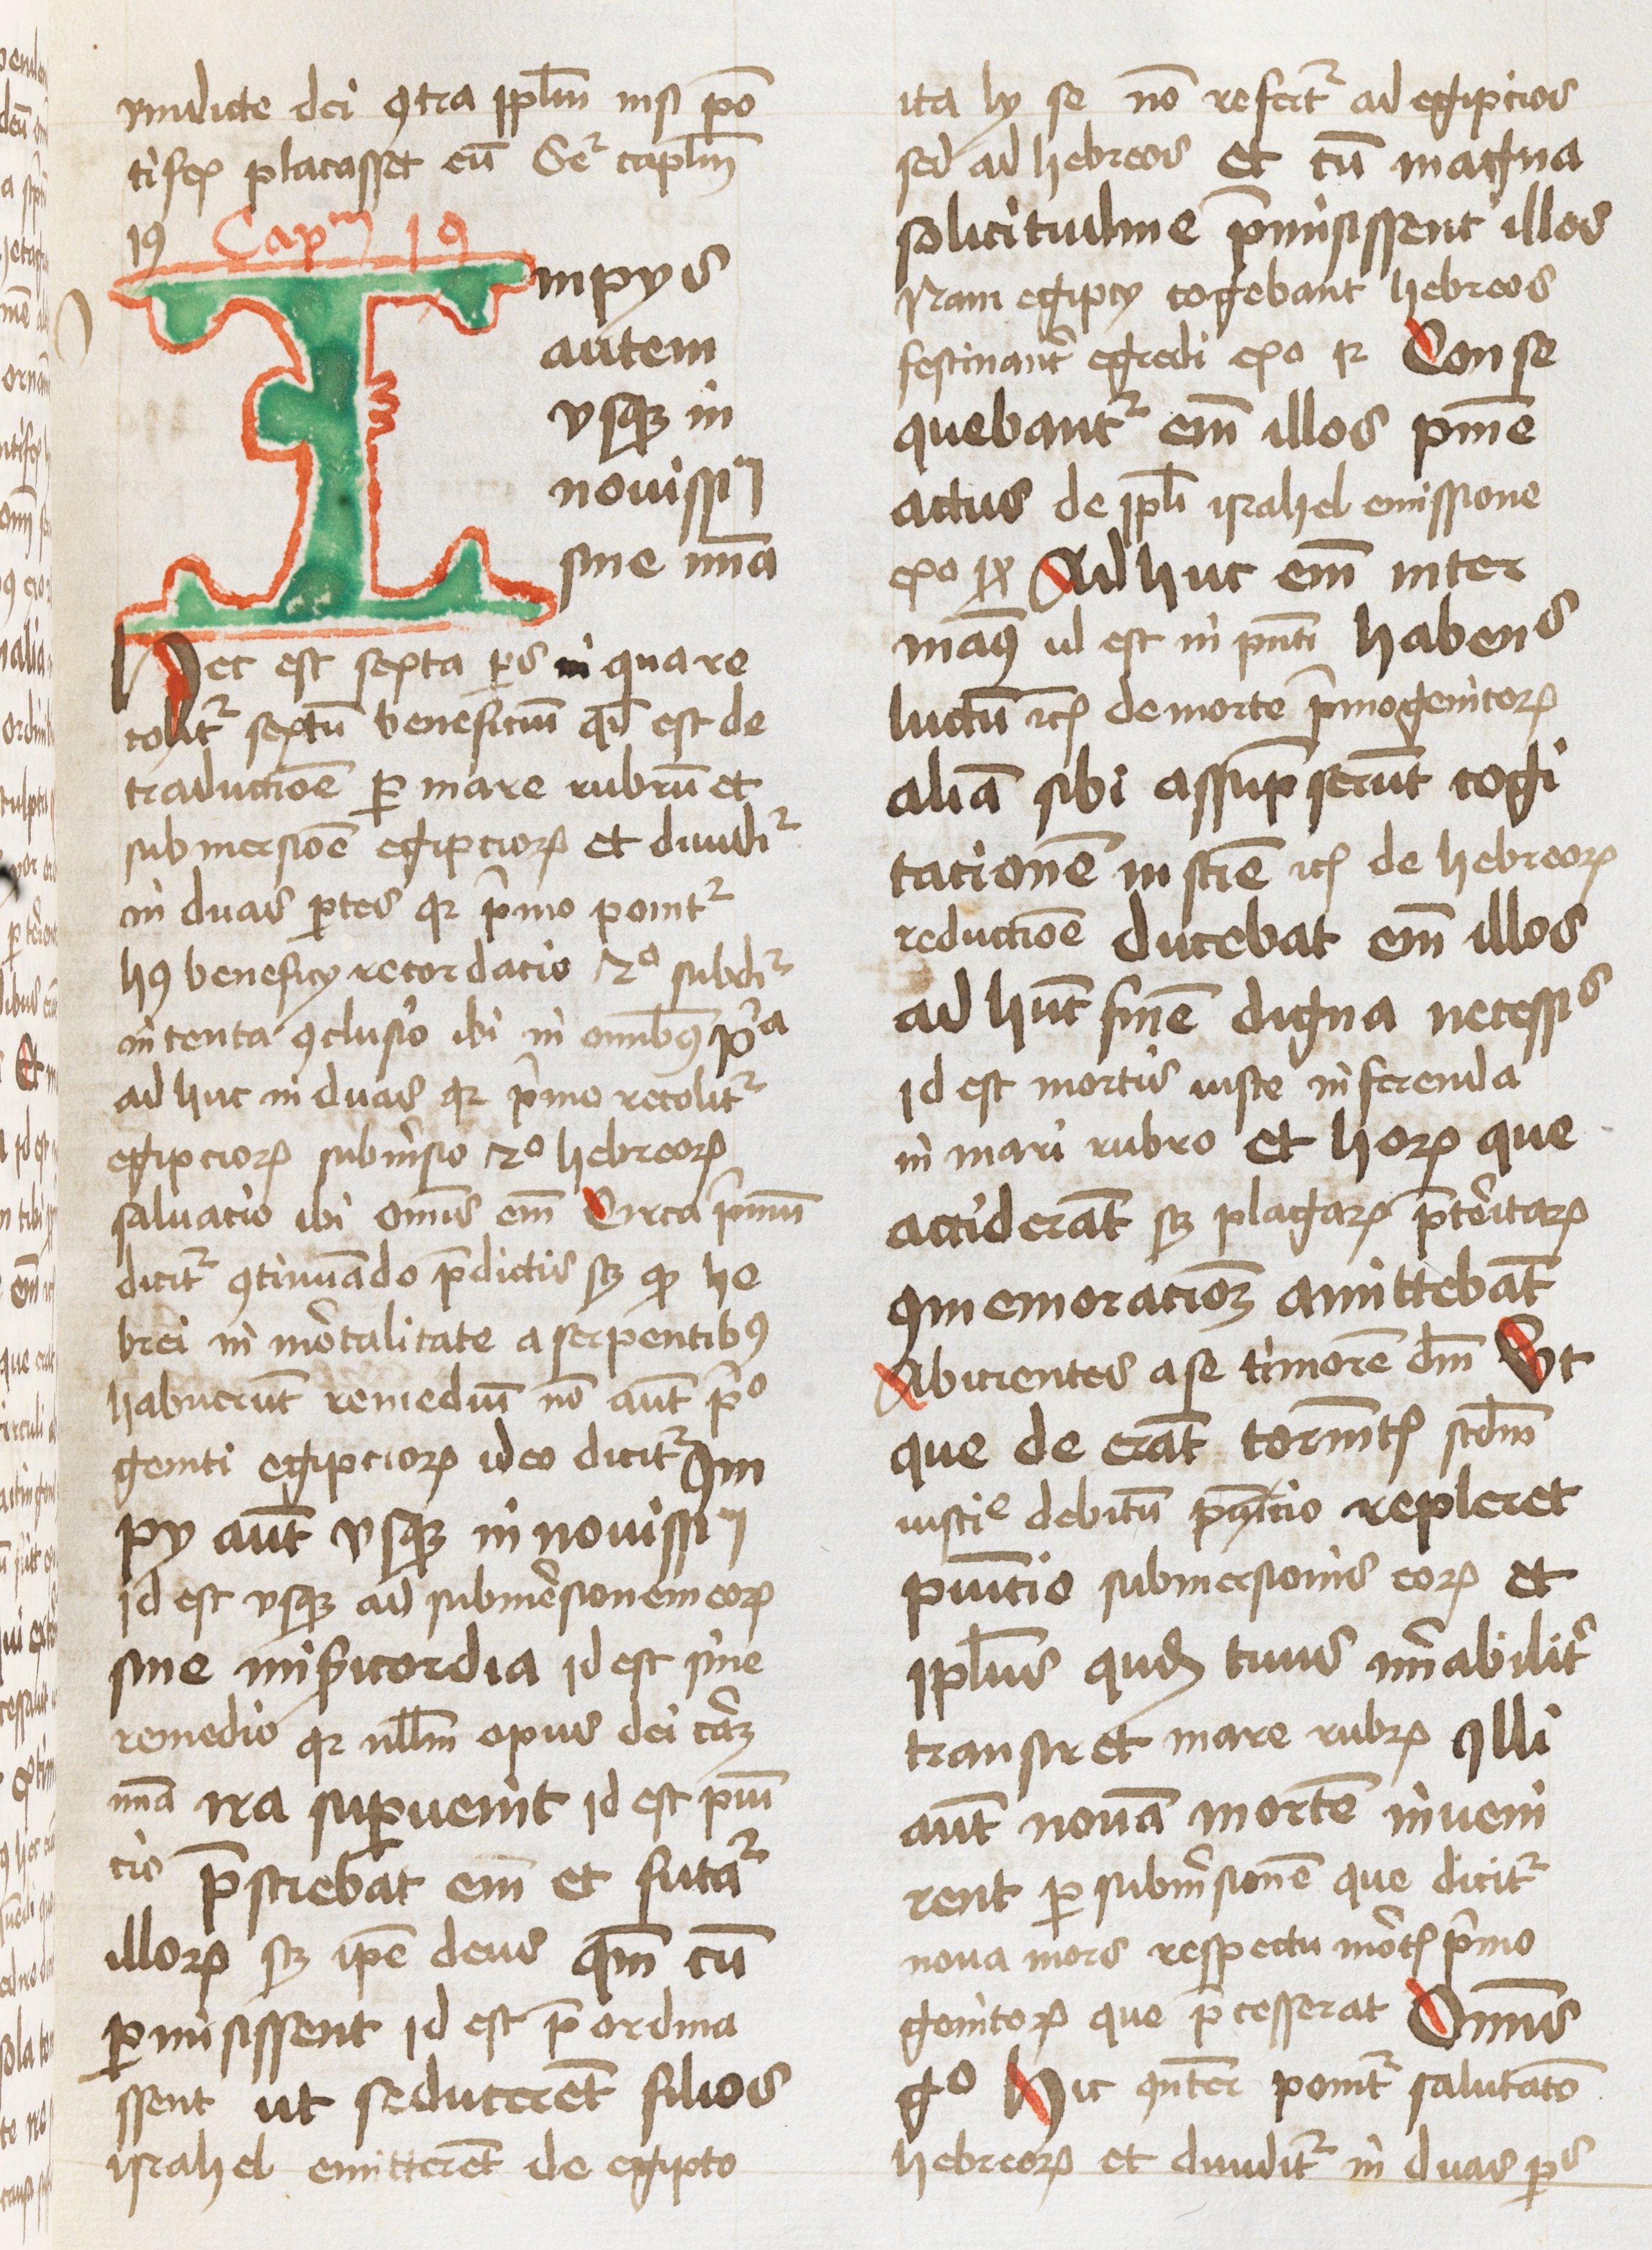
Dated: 1460–1460